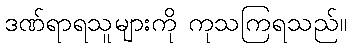
ဒဏ်ရာရသူများကို ကုသကြရသည်။